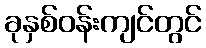
ခုနှစ်ဝန်းကျင်တွင်